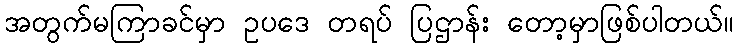
အတွက်မကြာခင်မှာ ဥပဒေ တရပ် ပြဌာန်း တော့မှာဖြစ်ပါတယ်။